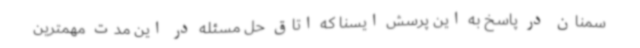
سمنان در پاسخ به این پرسش ایسنا که اتاق حل مسئله در این مدت مهمترین